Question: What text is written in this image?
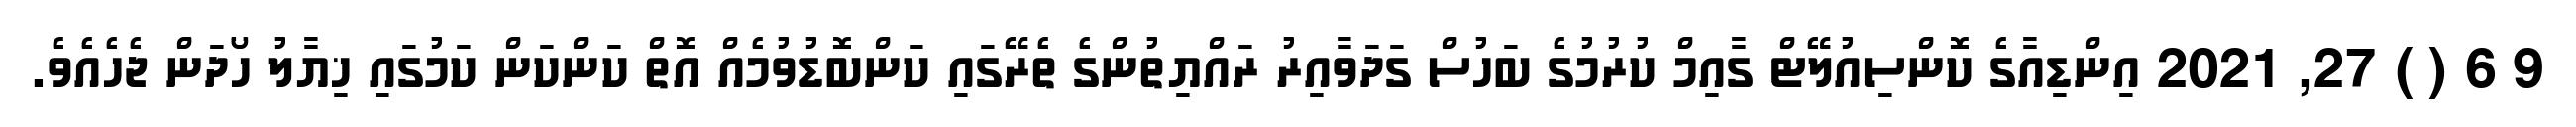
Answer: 9 6 ( ) 27, 2021 އިންޑިއާގެ ކޮންސިއުލޭޓް ގާއިމް ކުރުމުގެ ބަހުސް ގަދަވާއިރު ރައްޔިތުންގެ ތެރޭގައި ކަންބޮޑުވުމެއް އޮތް ކަންކަން ކަމުގައި ޚިޔާލު ހޯދަން ޖެހެއެވެ.